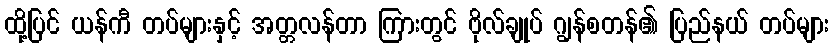
ထို့ပြင် ယန်ကီ တပ်များနှင့် အတ္တလန်တာ ကြားတွင် ဗိုလ်ချုပ် ဂျွန်စတန်၏ ပြည်နယ် တပ်များ